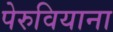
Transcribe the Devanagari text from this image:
पेरुवियाना